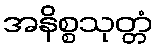
အနိစ္စသုတ္တံ